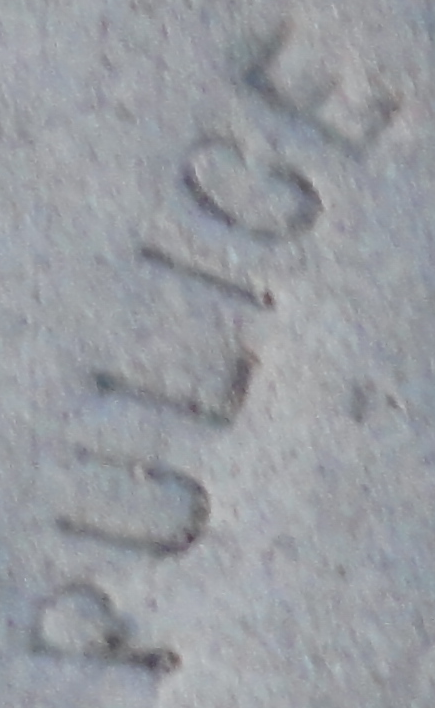
PULICE